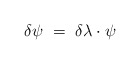
\begin{align*}\delta \psi ~=~ \delta \lambda \cdot \psi\end{align*}